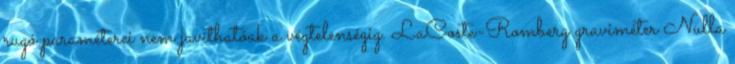
rugó paraméterei nem javíthatóak a végtelenségig. LaCoste-Romberg graviméter Nulla